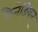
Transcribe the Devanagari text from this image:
कैनेडियन्